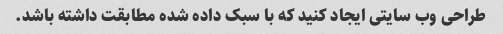
طراحی وب سایتی ایجاد کنید که با سبک داده شده مطابقت داشته باشد.